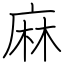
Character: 麻